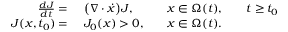
\begin{array} { r l r l r l } { \frac { d J } { d t } = \ } & { { } \big ( \nabla \cdot \dot { x } \big ) J , } & { } & { { } x \in \Omega ( t ) , } & { } & { { } t \geq t _ { 0 } } \\ { J ( x , t _ { 0 } ) = \ } & { { } J _ { 0 } ( x ) > 0 , } & { } & { { } x \in \Omega ( t ) . } \end{array}